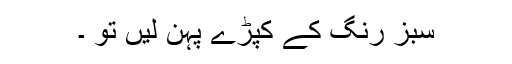
سبز رنگ کے کپڑے پہن لیں تو ۔